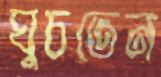
ঘুচতেন